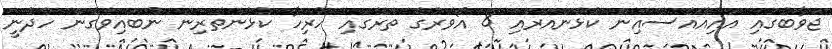
ޖަވާބުގައި އައިއޭއެސްއިން ކުޅެންއަރައި 8 އޯވަރުގެ ތެރޭގައި ހުރިހާ ކުޅުންތެރިން ނުބައިވެގެން ހެދުނީ